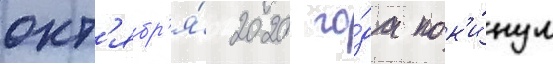
окт'ябр'я́ 2020 го́да пок'и́нул